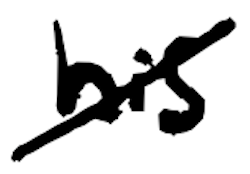
Text: his
Cross-out: diagonal
Writing tool: digital_black